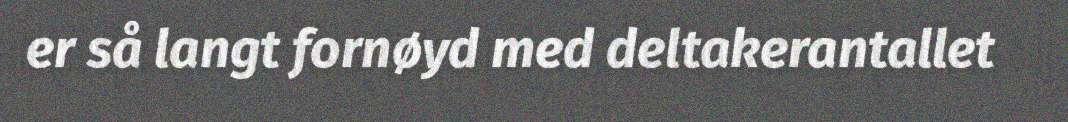
er så langt fornøyd med deltakerantallet